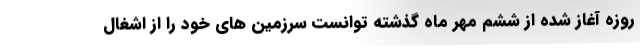
روزه آغاز شده از ششم مهر ماه گذشته توانست سرزمین های خود را از اشغال